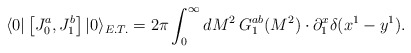
\begin{align*}\langle 0|\left[J^{a}_{0},J^{b}_{1}\right]|0\rangle_{E.T.}= 2\pi \int_{0}^{\infty}{dM^{2}\:G^{ab}_{1}(M^{2})}\cdot\partial^{x}_{1} \delta(x^{1}-y^{1}).\end{align*}